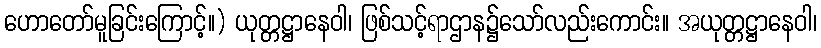
ဟောတော်မူခြင်းကြောင့်။) ယုတ္တဋ္ဌာနေဝါ၊ ဖြစ်သင့်ရာဌာန၌သော်လည်းကောင်း။ အယုတ္တဋ္ဌာနေဝါ၊